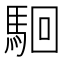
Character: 𩢱